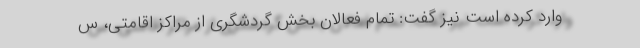
وارد کرده است نیز گفت: تمام فعالان بخش گردشگری از مراکز اقامتی، س